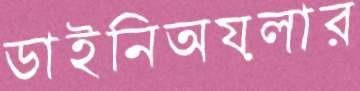
ডাইনিঅয়লার